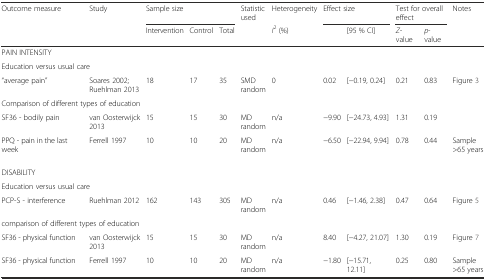
| Outcome measure | Study | <COLSPAN=3> Sample size | Statistic used | Heterogeneity | <COLSPAN=2> Effect size | <COLSPAN=2> Test for overall effect | Notes |
 |  |  | Intervention | Control | Total |  | I2 (%) |  | [95 % CI] | Z-value | p-value |  |
 | --- | --- | --- | --- | --- | --- | --- | --- | --- | --- | --- | --- |
 | <COLSPAN=2> PAIN INTENSITY |  |  |  |  |  |  |  |  |  |  |
 | <COLSPAN=2> Education versus usual care |  |  |  |  |  |  |  |  |  |  |
 | “average pain” | Soares 2002; Ruehlman 2013 | 18 | 17 | 35 | SMD random | 0 | 0.02 | [−0.19, 0.24] | 0.21 | 0.83 | Figure 3 |
 | <COLSPAN=5> Comparison of different types of education |  |  |  |  |  |  |  |
 | SF36 - bodily pain | van Oosterwijck 2013 | 15 | 15 | 30 | MD random | n/a | −9.90 | [−24.73, 4.93] | 1.31 | 0.19 |  |
 | PPQ - pain in the last week | Ferrell 1997 | 10 | 10 | 20 | MD random | n/a | −6.50 | [−22.94, 9.94] | 0.78 | 0.44 | Sample >65 years |
 | <COLSPAN=2> DISABILITY |  |  |  |  |  |  |  |  |  |  |
 | <COLSPAN=2> Education versus usual care |  |  |  |  |  |  |  |  |  |  |
 | PCP-S - interference | Ruehlman 2012 | 162 | 143 | 305 | MD random | n/a | 0.46 | [−1.46, 2.38] | 0.47 | 0.64 | Figure 5 |
 | <COLSPAN=5> comparison of different types of education |  |  |  |  |  |  |  |
 | SF36 - physical function | van Oosterwijck 2013 | 15 | 15 | 30 | MD random | n/a | 8.40 | [−4.27, 21.07] | 1.30 | 0.19 | Figure 7 |
 | SF36 - physical function | Ferrell 1997 | 10 | 10 | 20 | MD random | n/a | −1.80 | [−15.71, 12.11] | 0.25 | 0.80 | Sample >65 years |